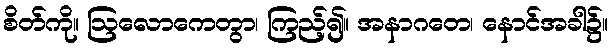
စိတ်ကို။ ဩလောကေတွာ၊ ကြည့်၍။ အနာဂတေ၊ နောင်အခါ၌။